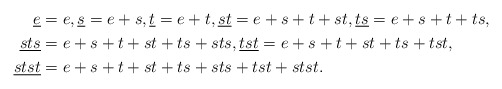
\begin{align*}\underline{e} & = e, \underline{s} = e + s, \underline{t} = e + t, \underline{st} = e + s + t + st, \underline{ts} = e + s + t + ts, \\\underline{sts} & = e + s + t + st + ts + sts, \underline{tst} = e + s + t + st + ts + tst, \\\underline{stst} & = e + s + t + st + ts + sts + tst + stst.\end{align*}